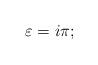
LaTeX: \begin{align*}\varepsilon=i\pi; \end{align*}